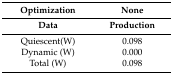
<table><thead><tr><td><b>Optimization</b></td><td><b>None</b></td></tr><tr><td><b>Data</b></td><td><b>Production</b></td></tr></thead><tbody><tr><td>Quiescent(W)</td><td>0.098</td></tr><tr><td>Dynamic (W)</td><td>0.000</td></tr><tr><td>Total (W)</td><td>0.098</td></tr></tbody></table>